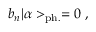
b _ { n } | \alpha > _ { \mathrm { p h . } } = 0 ~ ,